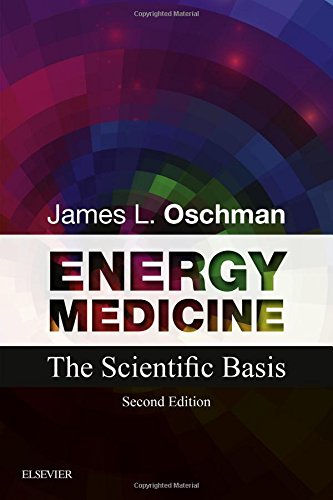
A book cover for Energy Medicine: The Scientific Basis, 2e; James L. Oschman PhD; Medical Books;